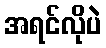
အရင်လိုပဲ